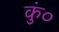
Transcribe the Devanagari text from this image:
कुं०